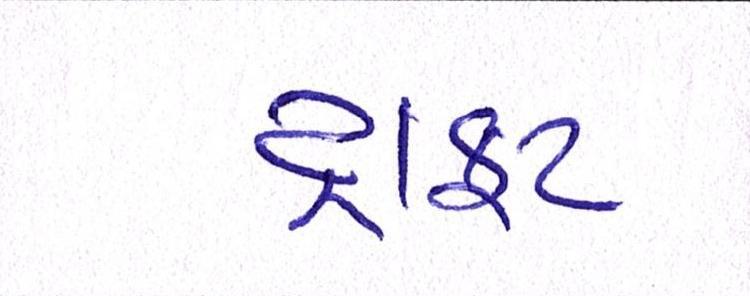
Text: ડ્રાફ્ટ